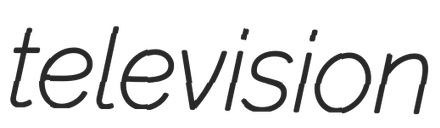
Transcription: television